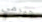
جيرمي